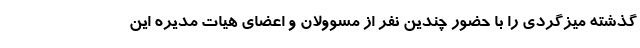
گذشته میزگردی را با حضور چندین نفر از مسوولان و اعضای هیات مدیره این